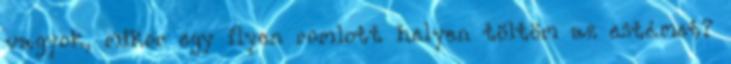
vagyok, mikor egy ilyen romlott helyen töltöm az estémet?